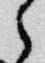
之